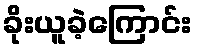
ခိုးယူခဲ့ကြောင်း